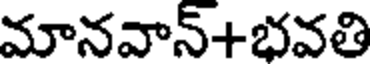
మానవాన్+భవతి